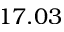
1 7 . 0 3